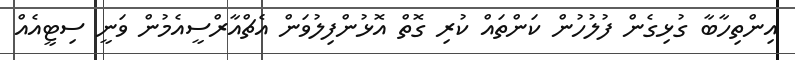
އިންތިހާބާ ގުޅިގެން ފުލުހުން ކަންތައް ކުރި ގޮތް އޮޅުންފިލުވަން އެޗްއާރްސީއެމުން ވަނީ ސިޓީއެއް